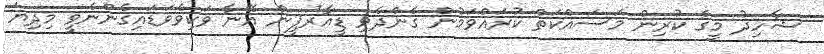
ޝާހިދު މީގެ ކުރިން މަސައްކަތް ކުރައްވަމުން ގެންދެވި ޑީއާރުޕީން އޭނާ ވަކިވެވަޑައިގެންނެވީ މިދިޔަ